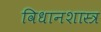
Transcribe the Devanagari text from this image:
विधानशास्त्र